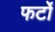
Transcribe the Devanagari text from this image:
फर्टो